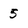
Character: 5